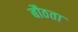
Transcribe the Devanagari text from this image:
बौठता